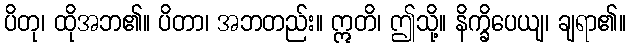
ပိတု၊ ထိုအဘ၏။ ပိတာ၊ အဘတည်း။ ဣတိ၊ ဤသို့။ နိက္ခိပေယျ၊ ချရာ၏။